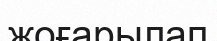
жоғарылап